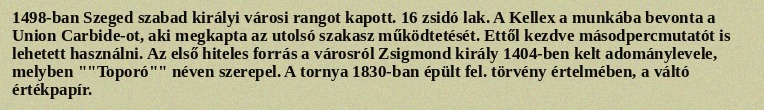
1498-ban Szeged szabad királyi városi rangot kapott. 16 zsidó lak. A Kellex a munkába bevonta a Union Carbide-ot, aki megkapta az utolsó szakasz működtetését. Ettől kezdve másodpercmutatót is lehetett használni. Az első hiteles forrás a városról Zsigmond király 1404-ben kelt adománylevele, melyben ""Toporó"" néven szerepel. A tornya 1830-ban épült fel. törvény értelmében, a váltó értékpapír.